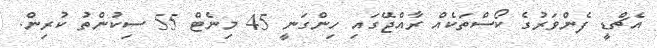
އެޗްޑީ ފެންވަރުގެ ކޯސްތަކެއް ރާއްޖޭގައި ހިންގަނީ 45 މިނެޓް 55 ސިކުންތު ކުރިން.